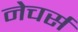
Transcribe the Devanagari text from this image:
नेचर्स